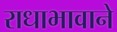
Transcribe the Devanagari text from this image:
राधाभावाने